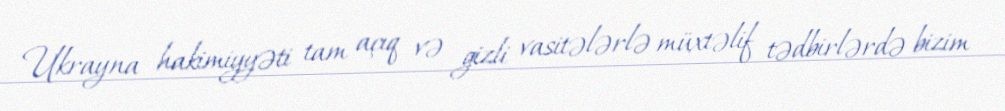
Ukrayna hakimiyyəti tam açıq və gizli vasitələrlə müxtəlif tədbirlərdə bizim